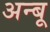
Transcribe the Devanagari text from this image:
अन्बू